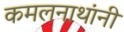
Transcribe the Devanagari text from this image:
कमलनाथांनी